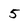
Character: 5